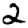
Digit: 2